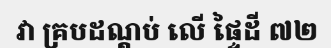
វា គ្របដណ្តប់ លើ ផ្ទៃដី ៧២